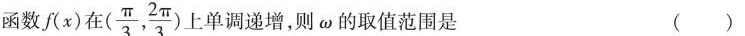
函数f(x)在（\frac{\pi}{3},\frac{2\pi}{3}）上单调递增，则 \omega 的取值范围是 （ ）